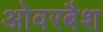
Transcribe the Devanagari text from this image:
ओवरबैश